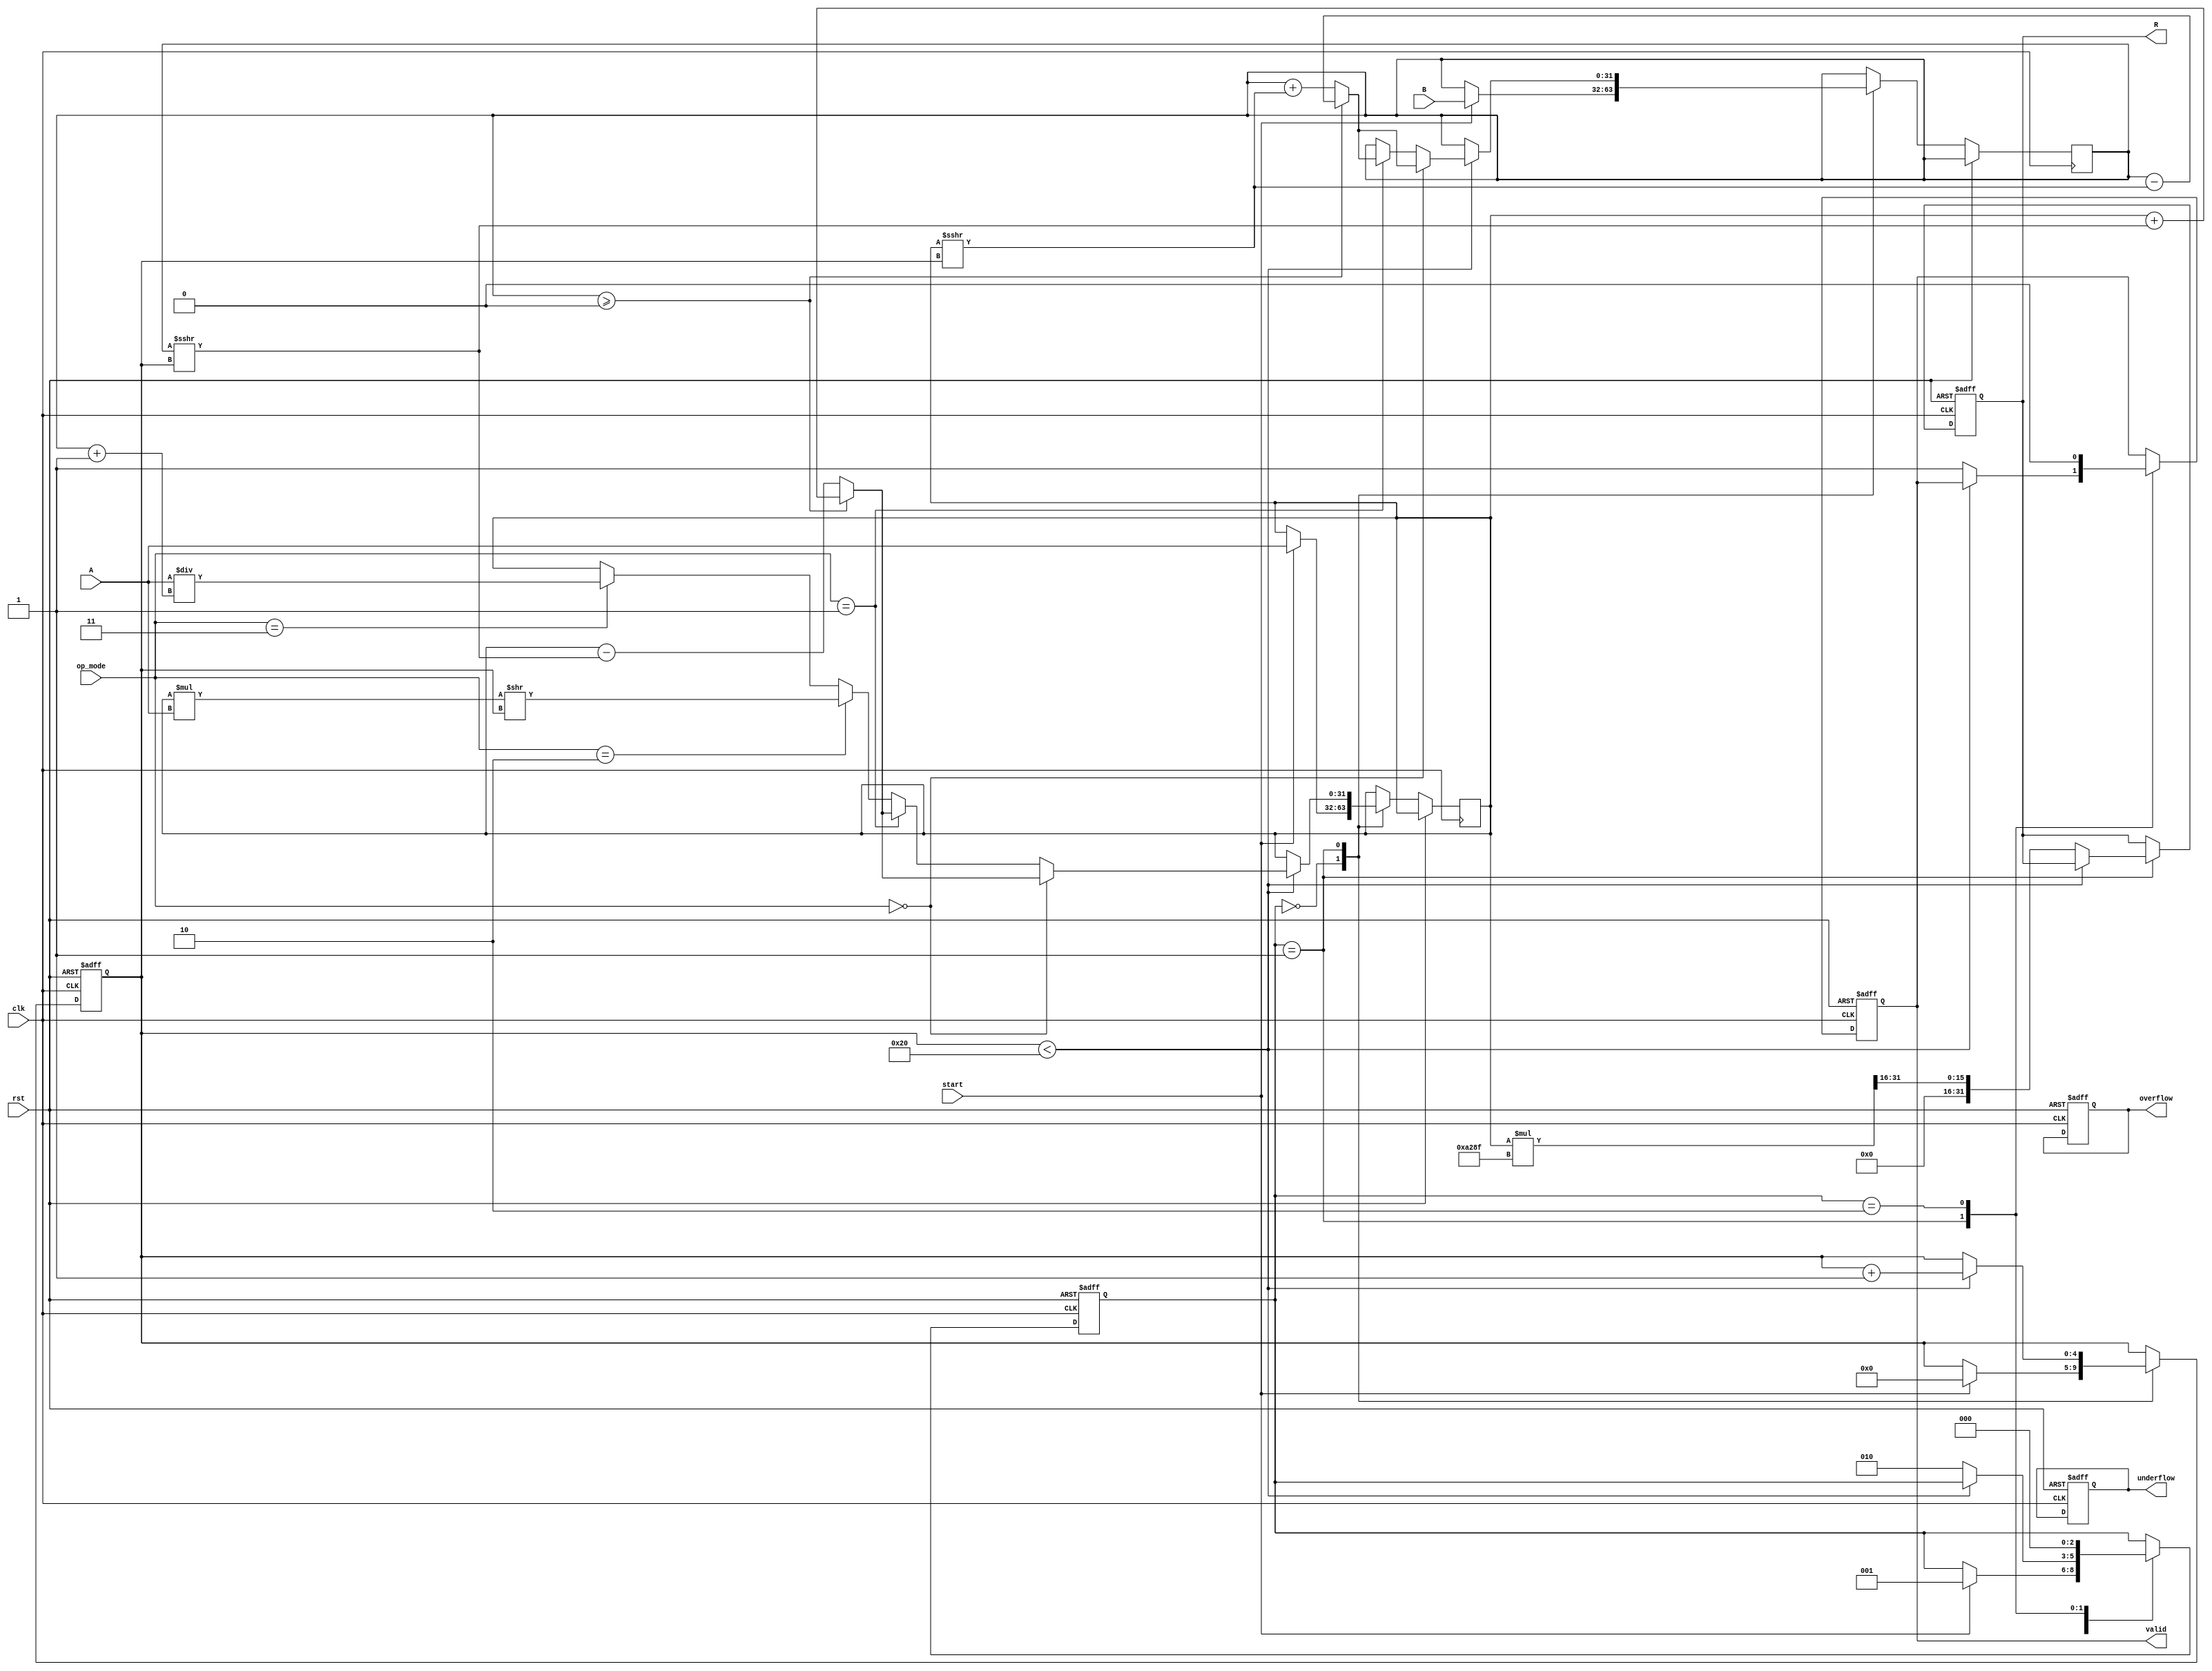
module unified_cordic (
    input wire clk,
    input wire rst,
    input wire [31:0] A, // Input Operand A (fixed-point or floating-point)
    input wire [31:0] B, // Input Operand B (depends on operation)
    input wire [2:0] op_mode, // Operation mode: 3'b000: add, 3'b001: sub, 3'b010: mult, 3'b011: div, 3'b100: rotate
    input wire start,
    output reg [31:0] R, // Result Output
    output reg overflow,
    output reg underflow,
    output reg valid
);

    // Internal Registers
    reg [31:0] x, y; // X and Y coordinates
    reg [31:0] angle; // Current angle
    reg [4:0] iter; // Iteration counter
    reg [31:0] z; // Temporary angle register for rotation
    wire [31:0] angle_table [0:31]; // Angle lookup table (arctan values)
    reg [31:0] k; // Scaling factor

    // CORDIC angle lookup table (Pre-calculated arctangent values)
    initial begin
        angle_table[0]  = 32'h00000000; // atan(1)
        angle_table[1]  = 32'h0000003f; // atan(1/2)
        angle_table[2]  = 32'h00000027; // atan(1/4)
        angle_table[3]  = 32'h0000001b; // atan(1/8)
        // ... Add more angles as needed up to 31 stages
    end

    // Constants for scaling
    initial begin
        k = 32'h0000A28F; // Scaling factor for convergence
    end

    // Control Unit
    reg [2:0] state;
    parameter IDLE = 3'b000, EXECUTE = 3'b001, DONE = 3'b010;

    // Operation Execution Logic
    always @(posedge clk or posedge rst) begin
        if (rst) begin
            // Reset logic
            R <= 32'b0;
            overflow <= 0;
            underflow <= 0;
            valid <= 0;
            iter <= 0;
            state <= IDLE;
        end else begin
            case (state)
                IDLE: begin
                    if (start) begin
                        x <= A;
                        y <= B;
                        iter <= 0;
                        state <= EXECUTE;
                    end
                end
                EXECUTE: begin
                    if (iter < 32) begin
                        // CORDIC main iterations
                        if (op_mode == 3'b000) begin // Addition
                            // Vectoring mode for addition
                            if (y >= 0) begin
                                x <= x + (y >>> iter);
                                y <= y - (x >>> iter);
                                angle <= angle + angle_table[iter];
                            end else begin
                                x <= x - (y >>> iter);
                                y <= y + (x >>> iter);
                                angle <= angle - angle_table[iter];
                            end
                        end else if (op_mode == 3'b001) begin // Subtraction
                            // Vectoring mode for subtraction (invert A)
                            y <= -B; // Assume simple negation for represented in fixed point
                            if (y >= 0) begin
                                x <= x + (y >>> iter);
                                y <= y - (x >>> iter);
                                angle <= angle + angle_table[iter];
                            end else begin
                                x <= x - (y >>> iter);
                                y <= y + (x >>> iter);
                                angle <= angle - angle_table[iter];
                            end
                        end else if (op_mode == 3'b010) begin // Multiplication
                            // Replace with actual multiplication method
                            x <= x * A >> iter; // Simple illustrative part
                        end else if (op_mode == 3'b011) begin // Division
                            // Replace with actual division method
                            x <= A / (y + 1); // Simple illustrative part
                        end else if (op_mode == 3'b100) begin // Rotation
                            // Implement rotation logic based on angle provided, e.g., B
                            z <= z + angle_table[iter]; // Take rotation angle from table
                        end

                        // Updating iteration counter
                        iter <= iter + 1;
                    end else begin
                        // Scale the result by k
                        R <= (x * k) >> 16; // Adjust for fixed point shift
                        valid <= 1;
                        state <= DONE;
                    end
                end
                DONE: begin
                    valid <= 0;
                    state <= IDLE;
                end
            endcase
        end
    end
endmodule